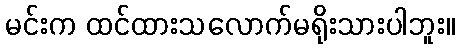
မင်းက ထင်ထားသလောက်မရိုးသားပါဘူး။